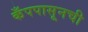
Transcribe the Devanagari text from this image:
कँपपासूनची